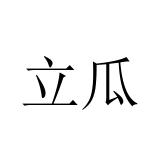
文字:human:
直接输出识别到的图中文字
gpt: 立瓜